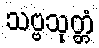
သဗ္ဗသုတ္တံ